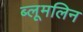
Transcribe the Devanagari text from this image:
ब्लूमलिन